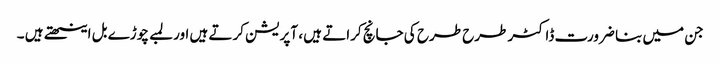
جن میں بنا ضرورت ڈاکٹر طرح طرح کی جانچ کراتے ہیں ، آپریشن کرتے ہیں اور لمبے چوڑے بل اینٹھتے ہیں ۔